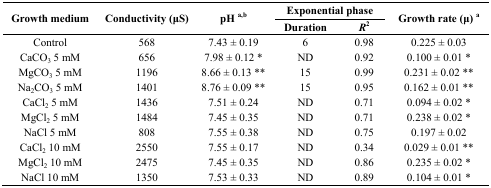
| <ROWSPAN=2> Growth medium | <ROWSPAN=2> Conductivity (μS) | <ROWSPAN=2> pH a,b | <COLSPAN=2> Exponential phase | <ROWSPAN=2> Growth rate (μ) a |
 | Duration | R2 |
 | --- | --- | --- | --- | --- | --- |
 | Control | 568 | 7.43 ± 0.19 | 6 | 0.98 | 0.225 ± 0.03 |
 | CaCO3 5 mM | 656 | 7.98 ± 0.12 * | ND | 0.92 | 0.100 ± 0.01 * |
 | MgCO3 5 mM | 1196 | 8.66 ± 0.13 ** | 15 | 0.99 | 0.231 ± 0.02 ** |
 | Na2CO3 5 mM | 1401 | 8.76 ± 0.09 ** | 15 | 0.95 | 0.162 ± 0.01 ** |
 | CaCl2 5 mM | 1436 | 7.51 ± 0.24 | ND | 0.71 | 0.094 ± 0.02 * |
 | MgCl2 5 mM | 1484 | 7.45 ± 0.35 | ND | 0.71 | 0.238 ± 0.02 * |
 | NaCl 5 mM | 808 | 7.55 ± 0.38 | ND | 0.75 | 0.197 ± 0.02 |
 | CaCl2 10 mM | 2550 | 7.55 ± 0.17 | ND | 0.34 | 0.029 ± 0.01 ** |
 | MgCl2 10 mM | 2475 | 7.45 ± 0.35 | ND | 0.86 | 0.235 ± 0.02 * |
 | NaCl 10 mM | 1350 | 7.53 ± 0.33 | ND | 0.89 | 0.104 ± 0.01 * |